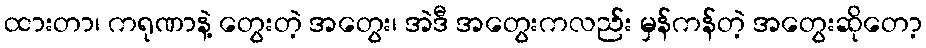
ထားတာ၊ ကရုဏာနဲ့ တွေးတဲ့ အတွေး၊ အဲဒီ အတွေးကလည်း မှန်ကန်တဲ့ အတွေးဆိုတော့